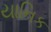
યાનિક